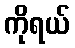
ကိုရယ်